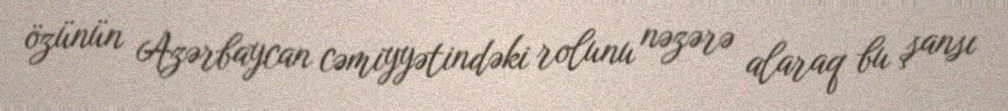
özünün Azərbaycan cəmiyyətindəki rolunu nəzərə alaraq bu şansı